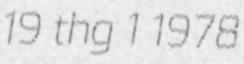
19 thg 1 1978